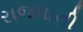
રાજધાની